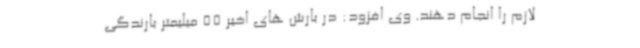
لازم را انجام دهند. وی افزود: در بارش های اخیر 55 میلیمتر بارندگی